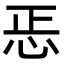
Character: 𢘫